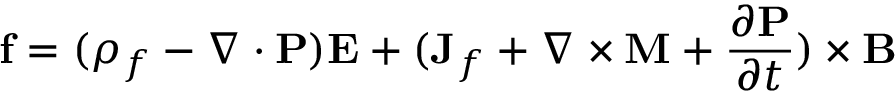
\mathbf { f } = ( \rho _ { f } - \nabla \cdot \mathbf { P } ) \mathbf { E } + ( \mathbf { J } _ { f } + \nabla \times \mathbf { M } + { \frac { \partial \mathbf { P } } { \partial t } } ) \times \mathbf { B }